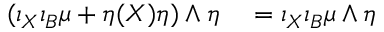
\begin{array} { r l } { ( \iota _ { X } \iota _ { B } \mu + \eta ( X ) \eta ) \wedge \eta } & { { } = \iota _ { X } \iota _ { B } \mu \wedge \eta } \end{array}